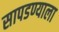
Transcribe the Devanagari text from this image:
सापडण्याला